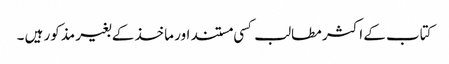
کتاب کے اکثر مطالب کسی مستند اور ماخذ کے بغیر مذکور ہیں ۔